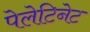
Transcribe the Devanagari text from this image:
पेलेटिनेट